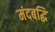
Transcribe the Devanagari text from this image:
मंदबद्धि